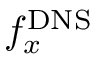
f _ { x } ^ { \mathrm { D N S } }